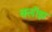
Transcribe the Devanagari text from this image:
क्लॉझ